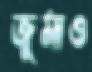
জুমাও